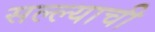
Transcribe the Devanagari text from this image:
सल्ल्याची